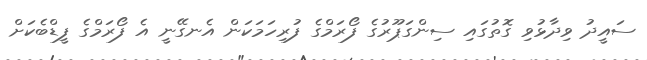
ސައީދު ވިދާޅުވި ގޮތުގައި ސިންގަޕޫރުގެ ފޯރަމްގެ ފުރިހަމަކަން އެނގޭނީ އެ ފޯރަމްގެ ފީޑްބެކަށް